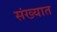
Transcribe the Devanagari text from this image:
संख्यात